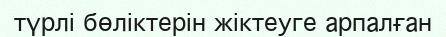
түрлі бөліктерін жіктеуге арпалған